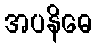
အပနိဓေ